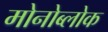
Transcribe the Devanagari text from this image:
मोनोब्लोक